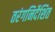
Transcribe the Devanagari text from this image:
तरंगनिर्देशित